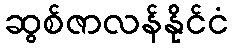
ဆွစ်ဇာလန်နိုင်ငံ